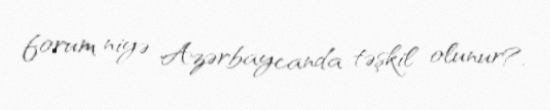
forum niyə Azərbaycanda təşkil olunur?.